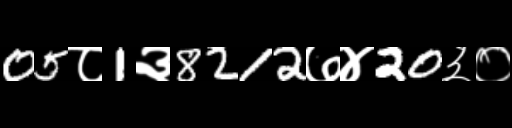
Text: 05८1३8212७४20३०